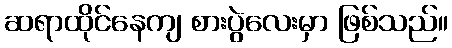
ဆရာထိုင်နေကျ စားပွဲလေးမှာ ဖြစ်သည်။